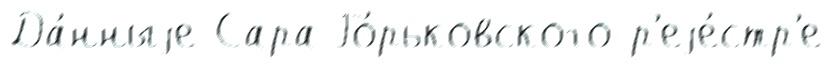
Да́нныjе Сара Го́рьковского р'еjе́стр'е